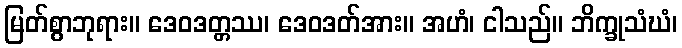
မြတ်စွာဘုရား။ ဒေဝဒတ္တဿ၊ ဒေဝဒတ်အား။ အဟံ၊ ငါသည်။ ဘိက္ခုသံဃံ၊